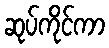
ဆုပ်ကိုင်ကာ